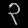
Digit: ၃